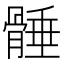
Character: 𩩞